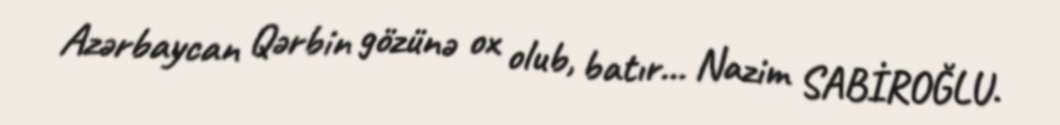
Azərbaycan Qərbin gözünə ox olub, batır… Nazim SABİROĞLU.